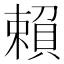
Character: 賴